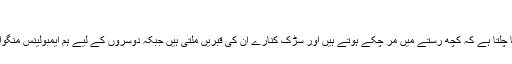
‘
’ہمیں پتا چلتا ہے کہ کچھ رستے میں مر چکے ہوتے ہیں اور سڑک کنارے ان کی قبریں ملتی ہیں جبکہ دوسروں کے لیے ہم ایمبولینس منگواتے ہیں۔